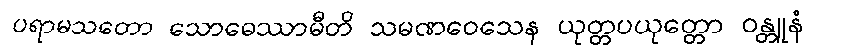
ပရာမသတော သောဓေဿာမီတိ သမဏဝေသေန ယုတ္တပယုတ္တော ဝန္တူနံ